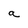
Character: a